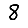
Digit: 8